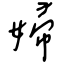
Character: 婦